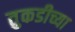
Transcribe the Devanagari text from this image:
तुकडीच्या